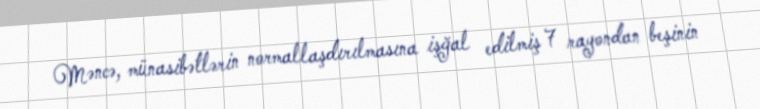
Məncə, münasibətlərin normallaşdırılmasına işğal edilmiş 7 rayondan beşinin